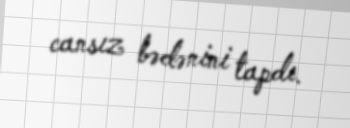
cansız bədənini tapdı.